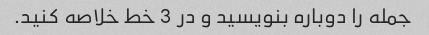
جمله را دوباره بنویسید و در 3 خط خلاصه کنید.